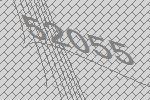
52055